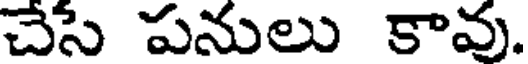
చేసే పనులు కావు.